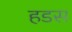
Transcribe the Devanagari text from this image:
हडस